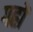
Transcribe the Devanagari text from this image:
गह्रों